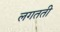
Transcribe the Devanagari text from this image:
लगतती